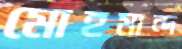
মোহমান্দ